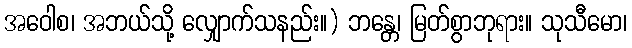
အဝေါစ၊ အဘယ်သို့ လျှောက်သနည်း။) ဘန္တေ၊ မြတ်စွာဘုရား။ သုသီမော၊